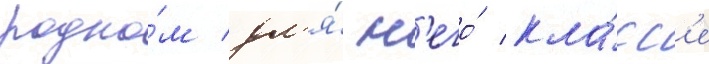
родно́м дл'я́ н'его́ кла́сс'е